Scottish Leaving Certificate Examination, 1952
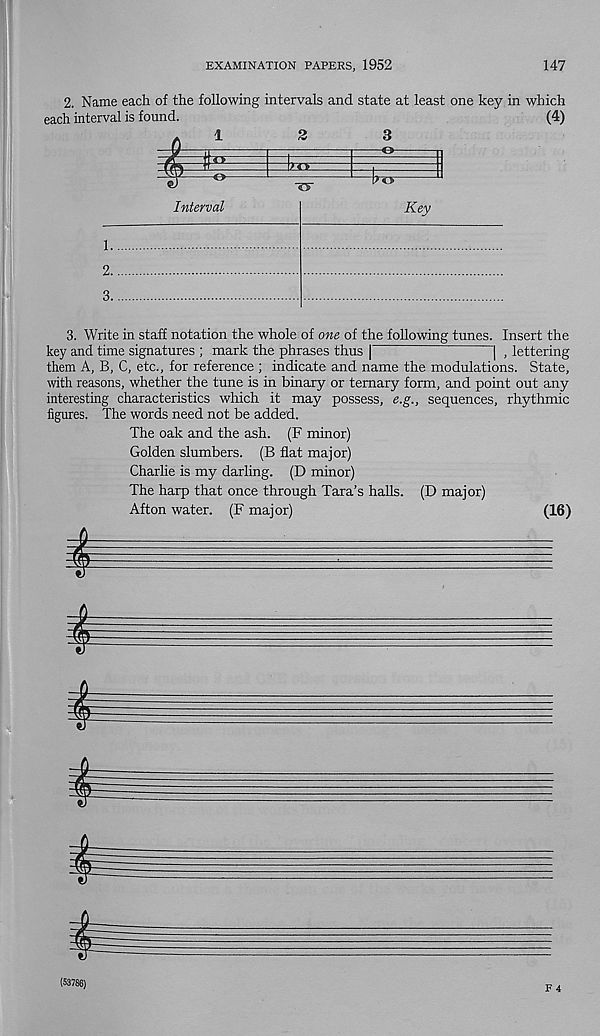
EXAMINATION PAPERS, 1952
147
2. Name each of the following intervals and state at least one key in which
each interval is found.
(4)
Interval
1..
2..
3..
Key
3. Write in staff notation the whole of one of the following tunes. Insert the
key and time signatures ; mark the phrases thus |
| , lettering
them A, B, C, etc., for reference ; indicate and name the modulations. State,
with reasons, whether the tune is in binary or ternary form, and point out any
interesting characteristics which it may possess, e.g., sequences, rhythmic
figures. The words need not be added.
The oak and the ash. (F minor)
Golden slumbers. (B flat major)
Charlie is my darling. (D minor)
The harp that once through Tara’s halls. (D major)
Afton water. (F major)
(16)
4'
I
i
(53786)
F 4